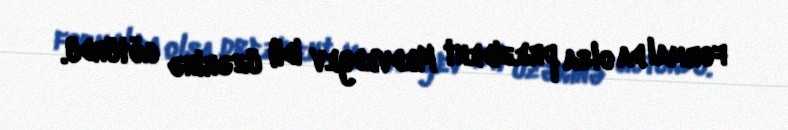
formal da olsa prezident Medvedyev idi) üzərinə götürdü.